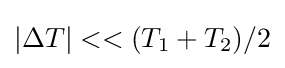
|\Delta T|<<(T_{1}+T_{2})/2